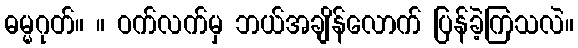
ဓမ္မဂုတ်။ ။ ဝက်လက်မှ ဘယ်အချိန်လောက် ပြန်ခဲ့ကြသလဲ။